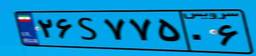
۷۲S۳۹۰۱۰